Leaving Certificate, 1888
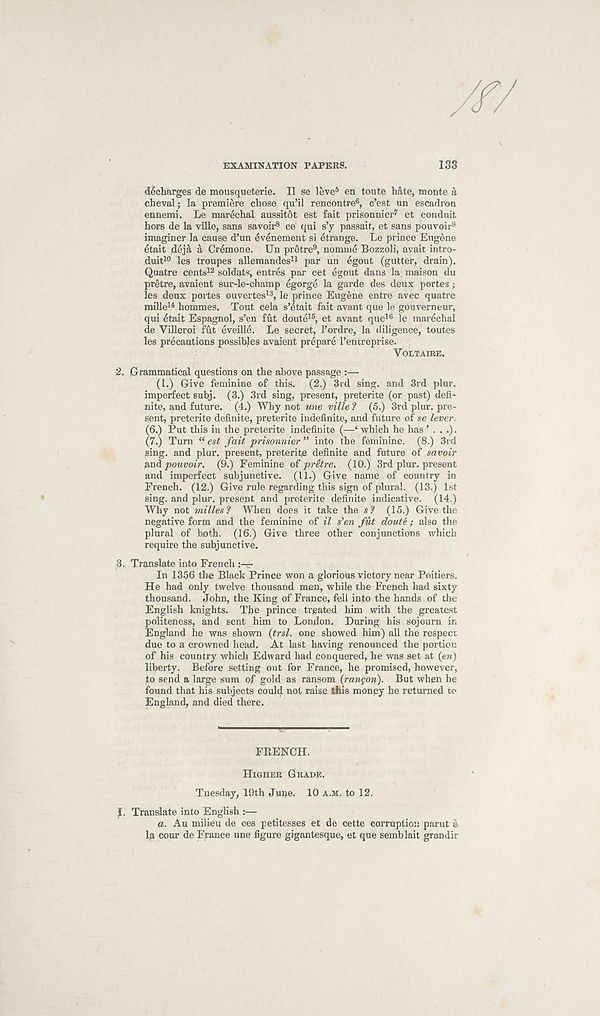
EXAMINATION PAPERS.
133
(^charges de mousqueterie. II se leve 5 en toute hate, monte a
cheval; la premiere chose qu’il rencontre 6 , c’est un escadron
ennemi. Le marechal aussitot est fait prisonnier 7 et conduit
hors de la ville, sans savoir 8 ce qui s’y passait, et sans pouvoir 8
imaginer la cause d’un evenement si etrange. Le prince Eugene
etait deja a Cremone. Un pretre 9 , nomine Bozzoli, avait intro-
duit 10 les troupes allemandes 11 par un egout (gutter, drain).
Quatre cents 12 soldats, entres par cet egout dans la maison du
pretre, avaient sur-le-ehamp egorge la garde des deux portes;
les deux poites ouvertes 13 , le prince Eugene entre avec quatre
mille 14 hommes. Tout cela s’ltait fait avant que le gouverneur,
qui etait Espaghol, s’en fut doute 15 , et avant que 16 le marechal
de Villeroi fut eveille. Le secret, 1’ordre, la diligence, toutes
les precautions possibles avaient prepare I’entreprise.
VOLTAIRE.
2. Grammatical questions on the above passage :—
(l.) Give feminine of this. (2.) 3rd sing, and 3rd plur.
imperfect subj. (3.) 3rd sing, present, preterite (or past) defi-
nite, and future. (4.) Why not une ville ? (5.) 3rd plur. pre-
sent, preterite definite, preterite indefinite, and future of se lever.
(6.) Put this in the preterite indefinite (— £ which he has ’...).
(7.) Turn “ est fait prisonnier ” into the feminine. (8.) 3rd
sing, and plur. present, preterite definite and future of savoir
Rnd pouvoir. (9.) Feminine of pretre. (10.) 3rd plur. present
and imperfect subjunctive. (11.) Give name of country in
French. (12.) Give rule regarding this sign of plural. (13.) 1st
sing, and plur. present and preterite definite indicative. (14.)
Why not milles ? When does it take the s ? (15.) Give the
negative form and the feminine of il s'en fut doute ; also the
plural of both. (16.) Give three other conjunctions which
require the subjunctive.
,3. Translate into French
In 1356 the Black Prince won a glorious victory near Poitiers.
He had only twelve thousand men, while the French had sixty
thousand. John, the King of France, fell into the hands of the
English knights. The prince treated him with the greatest
politeness, and sent him to London. During his sojourn in
England he was shown {trsl. one showed him) all the respect
due to a crowned head. At last having renounced the portion
of his country which Edward had conquered, he was set at (en)
liberty. Before setting out for France, he promised, however,
to send a large sum of gold as ransom (ranyon). But when he
found that his subjects could not raise this money he returned to
England, and died there.
FRENCH.
HIGHER GRADE.
Tuesday, 19th dupe. 10 A.M. to 12.
Translate into English :—
a. Au milieu de ces petitesses et de cette corruption parut a
la cour de France une figure gigantesque, et que semblait grandir